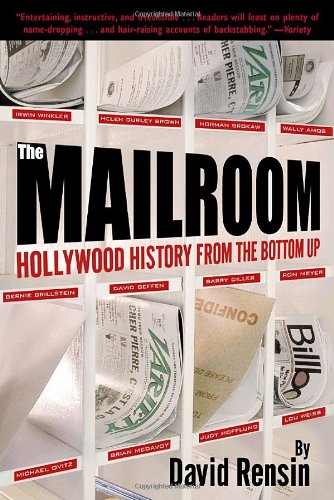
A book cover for The Mailroom: Hollywood History from the Bottom Up; David Rensin; Humor & Entertainment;